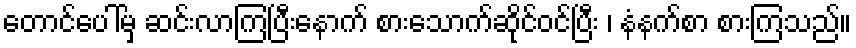
တောင်ပေါ်မှ ဆင်းလာကြပြီးနောက် စားသောက်ဆိုင်ဝင်ပြီး ၊ နံနက်စာ စားကြသည်။